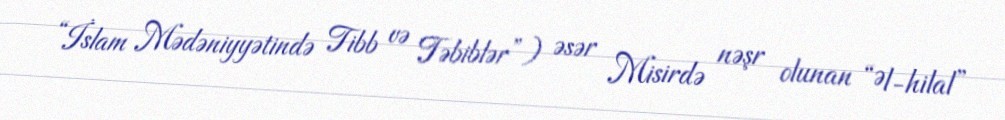
“İslam Mədəniyyətində Tibb və Təbiblər”) əsər Misirdə nəşr olunan “Əl-hilal”